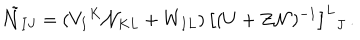
LaTeX: \tilde { \cal N } _ { I J } = ( V _ { I } { } ^ { K } { \cal N } _ { K L } + W _ { I L } ) \, \big [ ( U + Z { \cal N } ) ^ { - 1 } \big ] ^ { L } { } _ { J } \, .